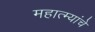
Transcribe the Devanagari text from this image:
महात्म्यांचे